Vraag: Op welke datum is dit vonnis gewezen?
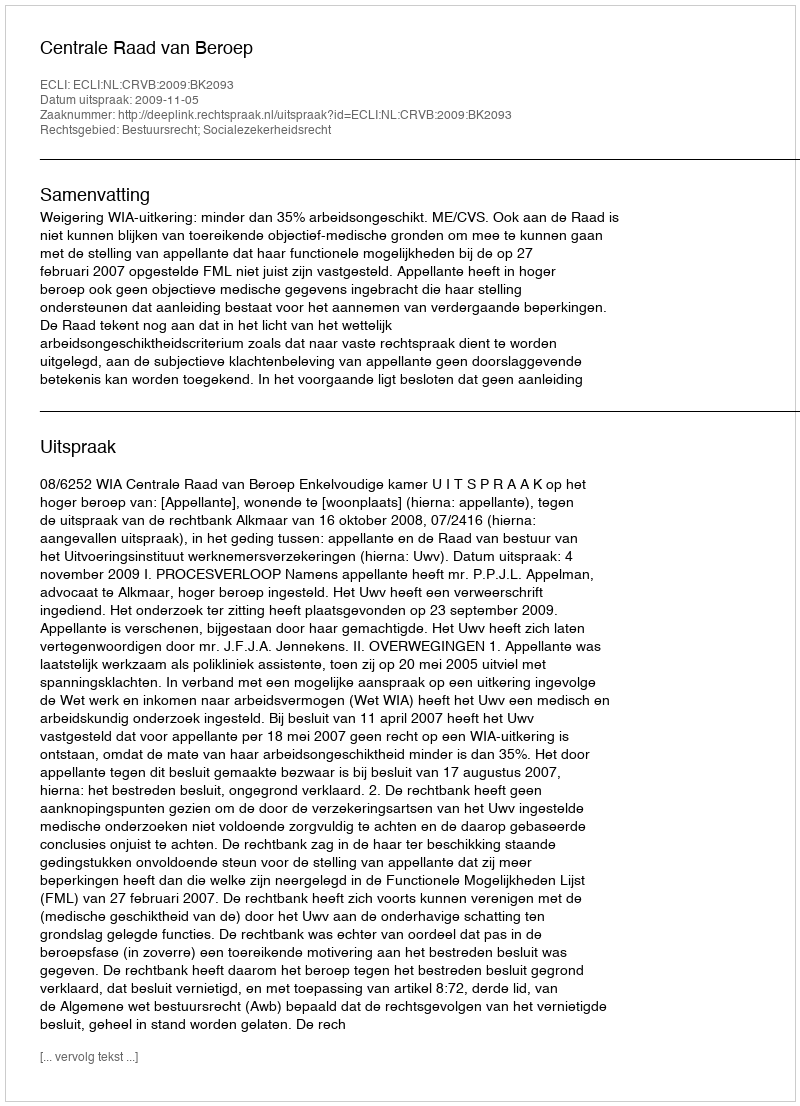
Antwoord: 2009-11-05